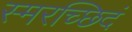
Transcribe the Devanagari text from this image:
स्मरच्छिदं